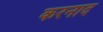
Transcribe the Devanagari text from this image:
करनाद